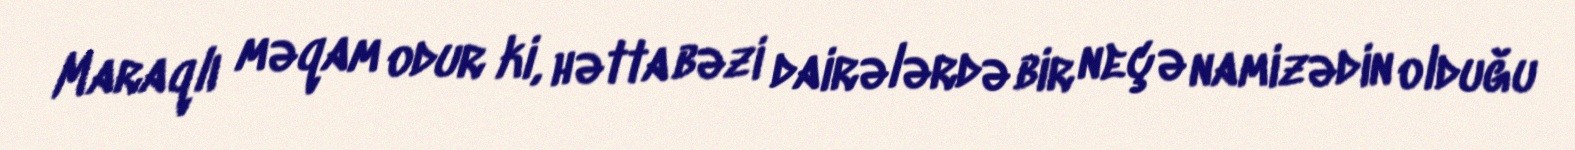
Maraqlı məqam odur ki, hətta bəzi dairələrdə bir neçə namizədin olduğu